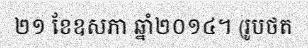
២១ ខែឧសភា ឆ្នាំ២០១៤។ (រូបថត